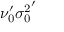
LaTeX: \nu _ { 0 } ^ { \prime } { \sigma _ { 0 } ^ { 2 } } ^ { \prime }